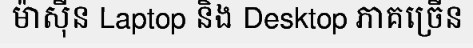
ម៉ាស៊ីន Laptop និង Desktop ភាគច្រើន